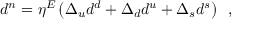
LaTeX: d ^ { n } = \eta ^ { E } \left( \Delta _ { u } d ^ { d } + \Delta _ { d } d ^ { u } + \Delta _ { s } d ^ { s } \right) \enspace ,